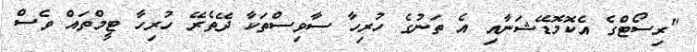
"ރިސޯޓްގެ އެކޮމޮޑޭޝަނާއި އެ ތަނުގެ ހުރިހާ ސާވިސްތަކާ ދޭތެރޭ ހުރިހާ ޓީމްތައް ވެސް